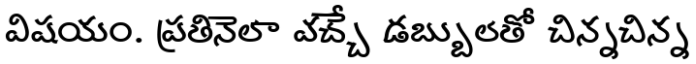
విషయం. ప్రతినెలా వచ్చే డబ్బులతో చిన్నచిన్న